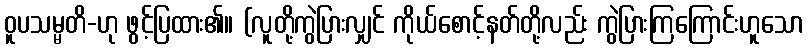
ဝူပသမ္မတိ-ဟု ဖွင့်ပြထား၏။ (လူတို့ကွဲပြားလျှင် ကိုယ်စောင့်နတ်တို့လည်း ကွဲပြားကြကြောင်းဟူသော